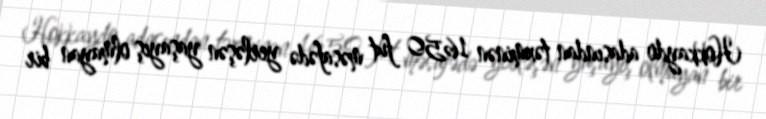
Hokkaydo adasından təxminən 1650 fut məsafədə yerləşən yaşayış olmayan bir